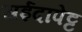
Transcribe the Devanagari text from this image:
सईदापेट्ट